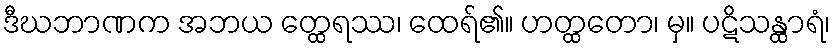
ဒီဃဘာဏက အဘယ တ္ထေရဿ၊ ထေရ်၏။ ဟတ္ထတော၊ မှ။ ပဋိသန္ထာရံ၊